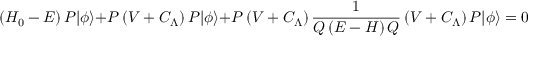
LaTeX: \left( H _ { 0 } - E \right) { \cal P } | \phi \rangle + { \cal P } \left( V + C _ { \Lambda } \right) { \cal P } | \phi \rangle + { \cal P } \left( V + C _ { \Lambda } \right) { \frac { 1 } { { \cal Q } \left( E - H \right) { \cal Q } } } \left( V + C _ { \Lambda } \right) { \cal P } | \phi \rangle = 0 \; .